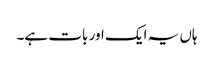
ہاں یہ ایک اور بات ہے۔